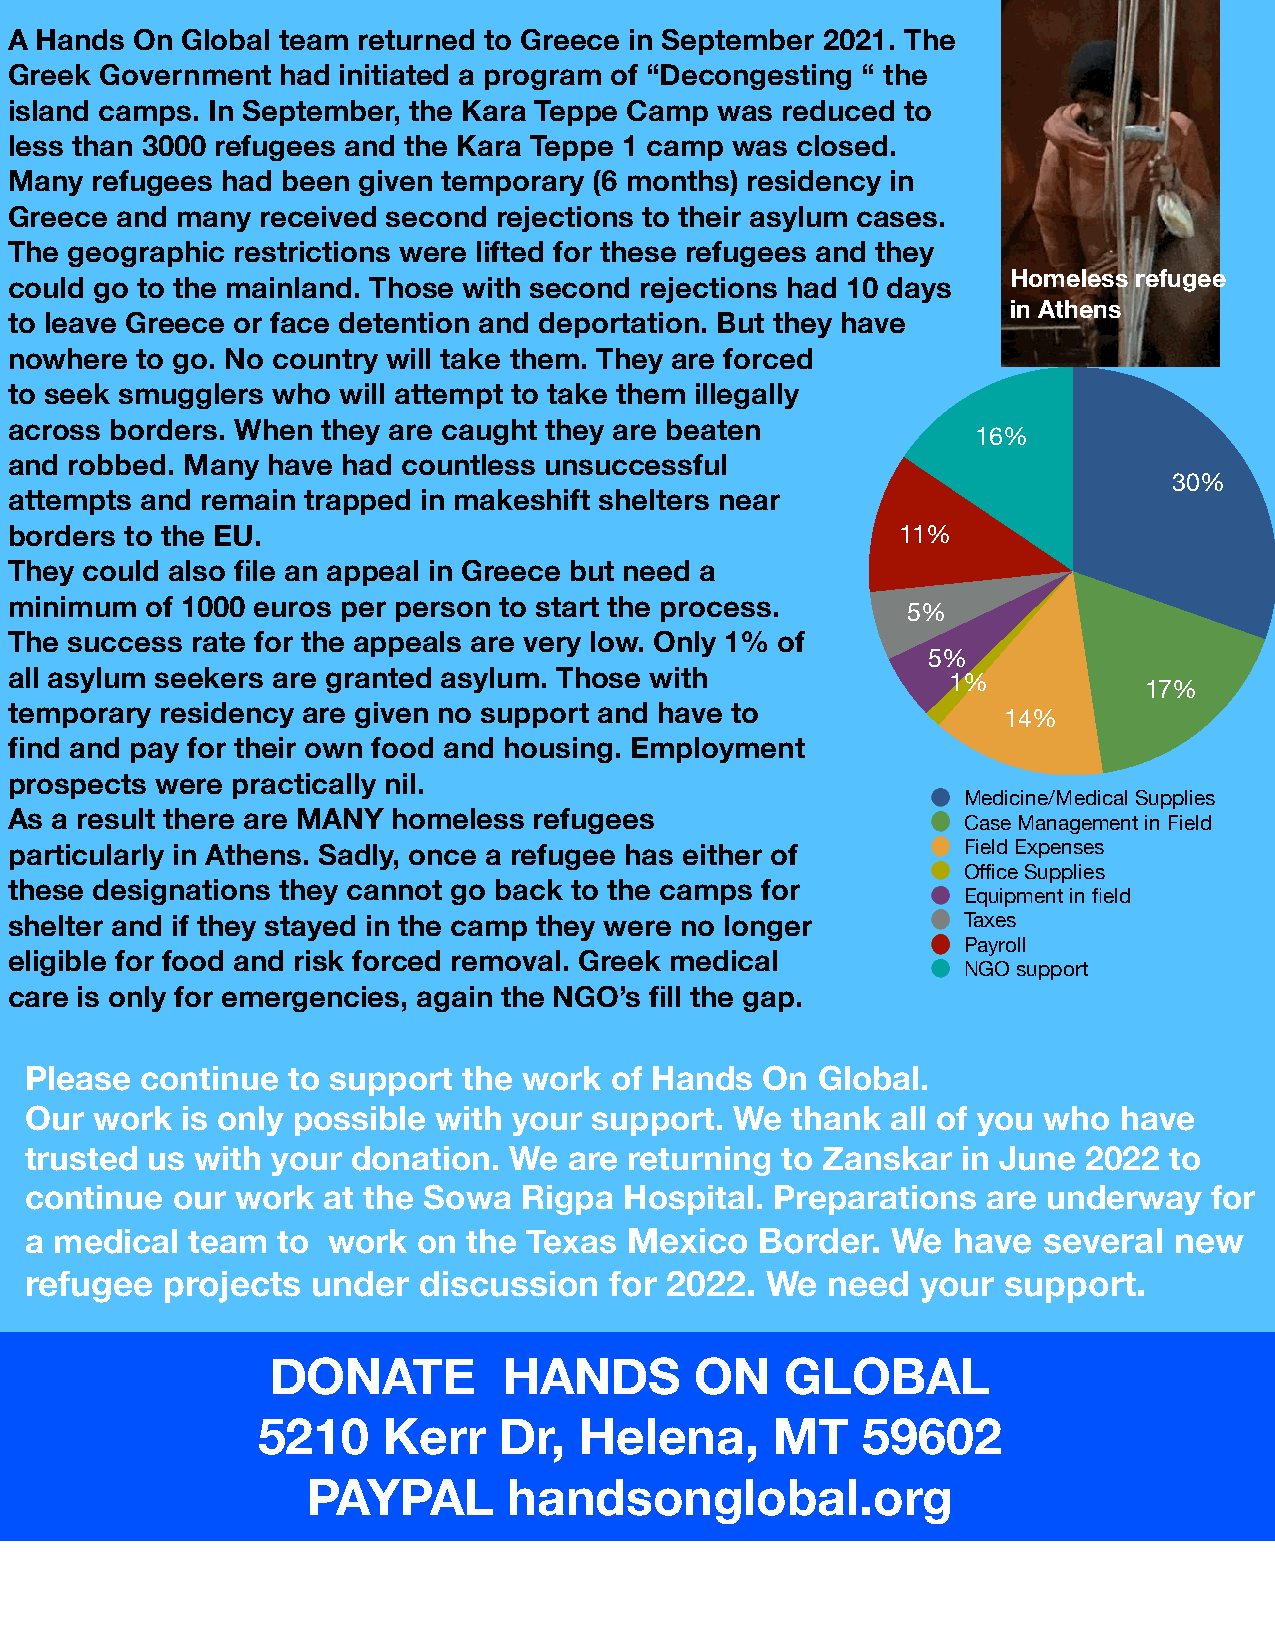
A Hands On Global team returned to Greece in September 2021. The
 Greek Government  had initiated a program of “Decongesting “ the
 island camps. In September, the Kara Teppe Camp was reduced to
 less than 3000 refugees and the Kara Teppe 1 camp was closed.
 Many refugees had been given temporary (6 months) residency in
 Greece and many received second rejections to their asylum cases.
 The geographic restrictions were lifted for these refugees and they
 Homeless refugee
 could go to the mainland. Those with second rejections had 10 days
 in Athens
 to leave Greece or face detention and deportation. But they have
 nowhere to go. No country will take them. They are forced
 to seek smugglers who will attempt to take them illegally
 across borders. When they are caught they are beaten
 16%
 and robbed. Many have had countless unsuccessful
 30%
 attempts and remain trapped in makeshift shelters near
 borders to the EU.                                        11%
 They could also file an appeal in Greece but need a
 minimum  of 1000 euros per person to start the process.
 5%
 The success rate for the appeals are very low. Only 1% of
 5%
 all asylum seekers are granted asylum. Those with
 1%
 17%
 temporary residency are given no support and have to
 14%
 find and pay for their own food and housing. Employment
 prospects were practically nil.
 Medicine/Medical Supplies
 As a result there are MANY homeless refugees
 Case Management in Field
 particularly in Athens. Sadly, once a refugee has either of    Field Expenses
 Office Supplies
 these designations they cannot go back to the camps for
 Equipment in field
 shelter and if they stayed in the camp they were no longer     Taxes
 Payroll
 eligible for food and risk forced removal. Greek medical
 NGO support
 care is only for emergencies, again the NGO’s fill the gap.
 Please continue  to support  the work of Hands  On  Global.
 Our work  is only possible with your support.  We thank  all of you who have
 trusted us with your donation.  We  are returning to Zanskar  in June 2022 to
 continue our  work at the Sowa   Rigpa Hospital. Preparations  are underway   for
 a medical team  to  work  on the Texas Mexico   Border.  We  have  several  new
 refugee  projects  under  discussion  for 2022.  We  need  your  support.
 DONATE         HANDS        ON    GLOBAL
 5210    Kerr    Dr,  Helena,      MT    59602
 PAYPAL        handsonglobal.org